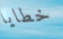
خطايا